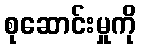
စုဆောင်းမှုကို